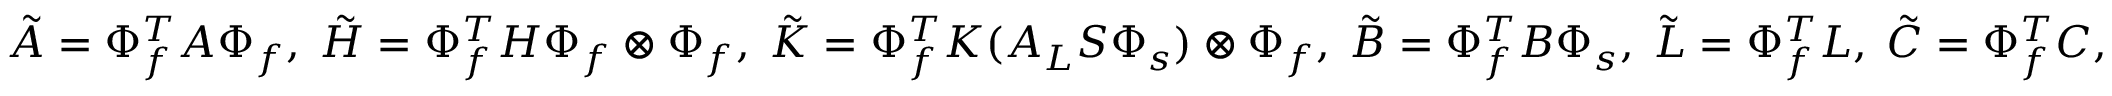
\tilde { A } = \Phi _ { f } ^ { T } A \Phi _ { f } , \; \tilde { H } = \Phi _ { f } ^ { T } H \Phi _ { f } \otimes \Phi _ { f } , \; \tilde { K } = \Phi _ { f } ^ { T } K ( A _ { L } S \Phi _ { s } ) \otimes \Phi _ { f } , \; \tilde { B } = \Phi _ { f } ^ { T } B \Phi _ { s } , \; \tilde { L } = \Phi _ { f } ^ { T } L , \; \tilde { C } = \Phi _ { f } ^ { T } C ,